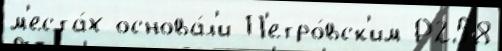
м'еста́х основа́л'и П'етро́вск'им Р258